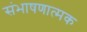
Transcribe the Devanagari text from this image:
संभाषणात्मक